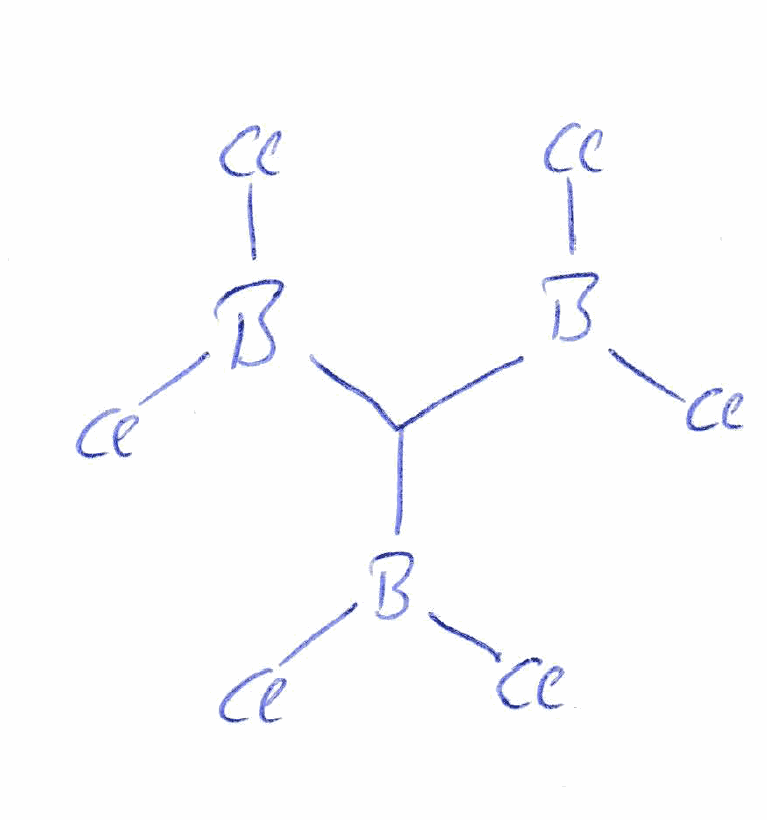
Simplified molecular-input line-entry system (SMILES) notation of the given molecule:
B(C(B(Cl)Cl)B(Cl)Cl)(Cl)Cl